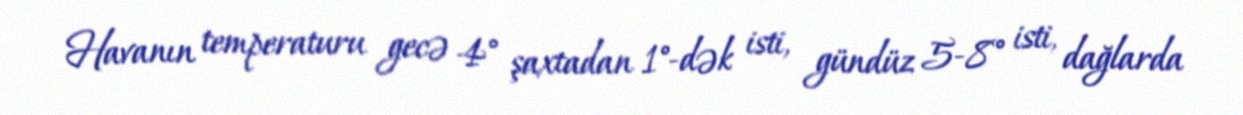
Havanın temperaturu gecə 4° şaxtadan 1°-dək isti, gündüz 5-8° isti, dağlarda